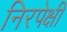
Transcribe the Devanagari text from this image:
निरपेक्षी